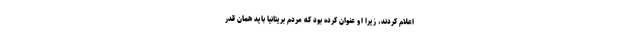
اعلام کردند، زیرا او عنوان کرده بود که مردم بریتانیا باید همان قدر